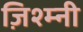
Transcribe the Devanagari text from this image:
ज़िश्म्नी